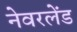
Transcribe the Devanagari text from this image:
नेवरलेंड